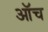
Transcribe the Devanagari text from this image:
ऑच